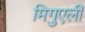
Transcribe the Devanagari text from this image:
मिगुएली